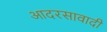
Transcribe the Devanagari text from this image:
आदरसावादी